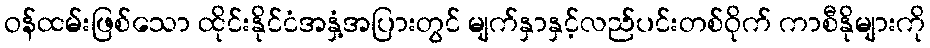
ဝန်ထမ်းဖြစ်သော ထိုင်းနိုင်ငံအနှံ့အပြားတွင် မျက်နှာနှင့်လည်ပင်းတစ်ဝိုက် ကာစီနိုများကို